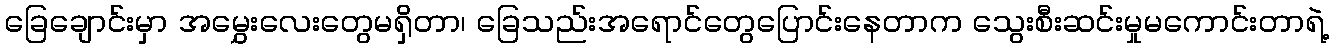
ခြေချောင်းမှာ အမွှေးလေးတွေမရှိတာ၊ ခြေသည်းအရောင်တွေပြောင်းနေတာက သွေးစီးဆင်းမှုမကောင်းတာရဲ့